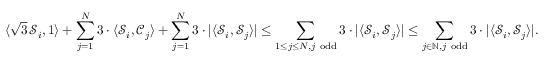
\langle \sqrt { 3 } \, { \mathcal S _ { i } } , 1 \rangle + \sum _ { j = 1 } ^ { N } 3 \cdot \langle { \mathcal S } _ { i } , { \mathcal C } _ { j } \rangle + \sum _ { j = 1 } ^ { N } 3 \cdot | \langle { \mathcal S } _ { i } , { \mathcal S } _ { j } \rangle | \leq \sum _ { 1 \le j \le N , j \ \mathrm { o d d } } 3 \cdot | \langle { \mathcal S } _ { i } , { \mathcal S } _ { j } \rangle | \le \sum _ { j \in \mathbb { N } , j \ \mathrm { o d d } } 3 \cdot | \langle { \mathcal S } _ { i } , { \mathcal S } _ { j } \rangle | .